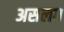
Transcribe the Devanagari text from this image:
असलग